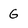
Character: G